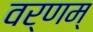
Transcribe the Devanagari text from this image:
वर्णम्